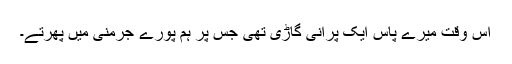
اُس وقت میرے پاس ایک پرانی گاڑی تھی جس پر ہم پورے جرمنی میں پھرتے۔